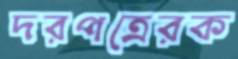
দরপত্রেরক